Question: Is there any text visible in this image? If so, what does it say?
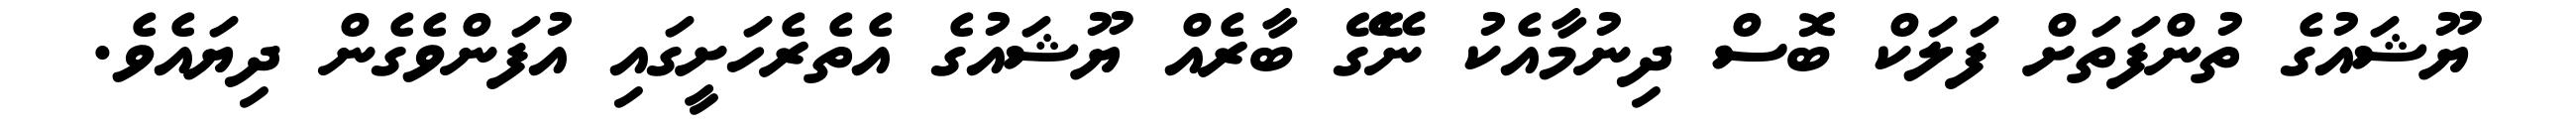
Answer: ޔޫޝައުގެ ތުންފަތަށް ފަލަކް ބޮސް ދިނުމާއެކު ނޭގޭ ބާރެއް ޔޫޝައުގެ އެތެރެހަށީގައި އުފަންވެގެން ދިޔައެވެ.